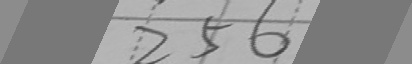
2 5 6